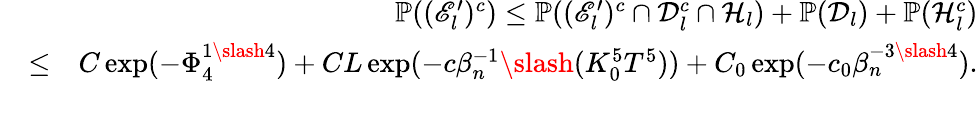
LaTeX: \begin{array}{rlr}&{}&{\mathbb{P}((\mathscr{E}_{l}^{\prime})^{c})\leq\mathbb{P}((\mathscr{E}_{l}^{\prime})^{c}\cap\mathcal{D}_{l}^{c}\cap\mathcal{H}_{l})+\mathbb{P}(\mathcal{D}_{l})+\mathbb{P}(\mathcal{H}_{l}^{c})}\\ &{\leq}&{C\exp(-\Phi_{4}^{1\slash 4})+CL\exp(-c\beta_{n}^{-1}\slash(K_{0}^{5}T^{5}))+C_{0}\exp(-c_{0}\beta_{n}^{-3\slash 4}).}\\ &{}&\end{array}